Scottish Certificate of Education, 1963
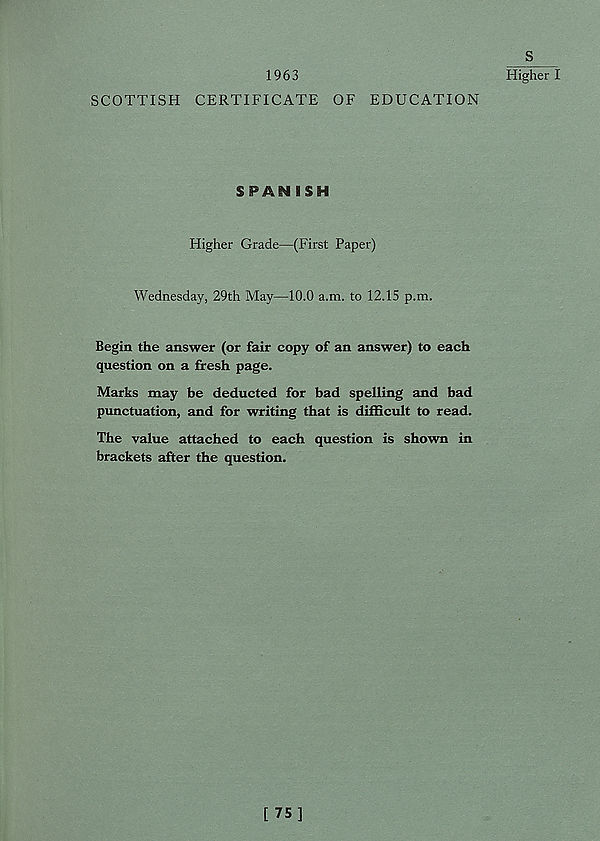
1963
SCOTTISH CERTIFICATE OF EDUCATION
SPANISH
Higher Grade—(First Paper)
Wednesday, 29th May—10.0 a.m. to 12.15 p.m.
Begin the answer (or fair copy of an answer) to each
question on a fresh page.
Marks may be deducted for bad spelling and bad
punctuation, and for writing that is difficult to read.
The value attached to each question is shown in
brackets after the question.
S
Higher I
[ 75]